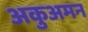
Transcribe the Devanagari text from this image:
अकुअमन